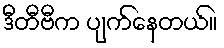
ဒီတီဗီက ပျက်နေတယ်။